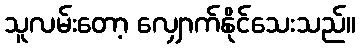
သူလမ်းတော့ လျှောက်နိုင်သေးသည်။